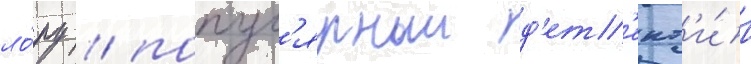
ло́ру / попул'ярныи д'ет'ект'и́в